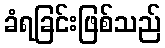
ခံရခြင်းဖြစ်သည်